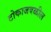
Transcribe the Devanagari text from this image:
टोकाजवळील